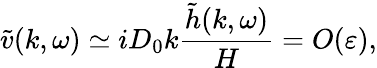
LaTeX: \tilde{v}(k,\omega)\simeq iD_{0}k\frac{\tilde{h}(k,\omega)}{H}=O(\varepsilon),